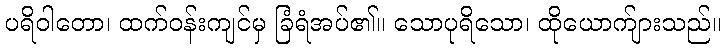
ပရိဝါတော၊ ထက်ဝန်းကျင်မှ ခြံရံအပ်၏။ သောပုရိသော၊ ထိုယောက်ျားသည်။